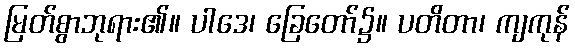
မြတ်စွာဘုရား၏။ ပါဒေ၊ ခြေတော်၌။ ပတိတာ၊ ကျကုန်